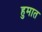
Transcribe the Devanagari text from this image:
हुमात